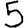
Digit: 5